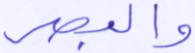
والبصر